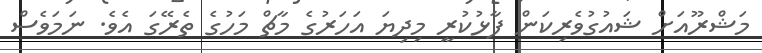
މަޝްރޫއަށް ޝައުގުވެރިކަން ފާޅުކުރީ މިދިޔަ އަހަރުގެ މާޗް މަހުގެ ތެރޭގަ އެވެ. ނަމަވެސް